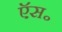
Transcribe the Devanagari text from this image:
ऍस॰